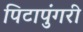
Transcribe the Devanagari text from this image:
पिटापुंगरी